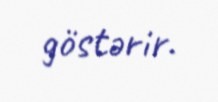
göstərir.